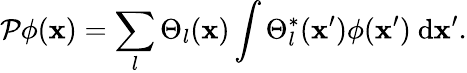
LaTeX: {\mathcal P}\phi({\mathbf x})=\sum_{l}{\Theta_{l}({\mathbf x})\int{\Theta_{l}^{*}({\mathbf x}^{\prime})\phi({\mathbf x}^{\prime})\ \mathrm{d}{\mathbf x}^{\prime}}}.